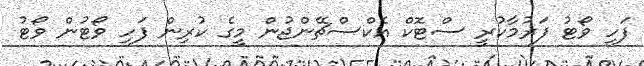
ފަހި ވޯޓު ފަރުމާކުރީ ސްޓޮކް އެކްސްޗޭންޖުން މީގެ ކުރިން ފަހި ވޯޓުން ވޯޓު